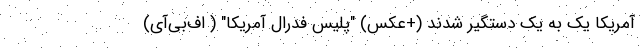
آمریکا یک به یک دستگیر شدند (+عکس) "پلیس فدرال آمریکا" ( اف‌بی‌آی)